Report on the working of the mental hospitals for Indians in Bihar and Orissa - 1925-1929
Year: 1925
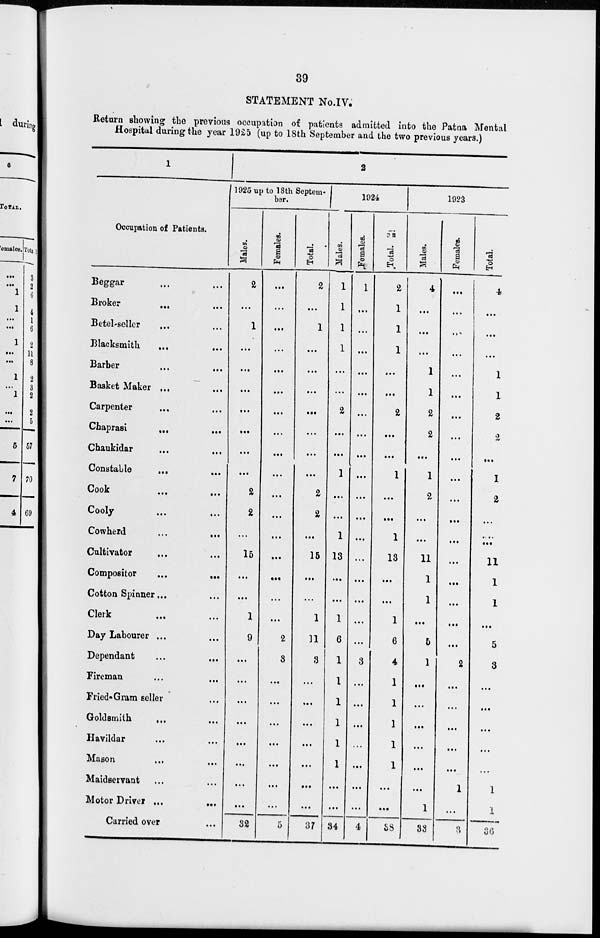
39
STATEMENT No.IV.
Return showing the previous occupation of patients admitted into the Patna Mental
Hospital during the year 1925 (up to 18th September and the two previous years.)
1
Occupation of Patients.
Beggar ... ...
Broker
... ...
Betel-seller ... ...
Blacksmith
...
...
Barber ... ...
Basket Maker ... ...
Carpenter ... ...
Chaprasi
...
...
Chaukidar ... ...
Constable
...
...
Cook ... ...
Cooly
...
...
Cowherd
...
...
Cultivator ... ...
Compositor
...
...
Cotton Spinner... ...
Clerk
... ...
Day Labourer ... ...
Dependant
...
...
Fireman ... ...
Fried- Gram seller ...
Goldsmith
... ...
Havildar ... ...
Mason ... ...
Maidservant ... ...
Motor Driver ...
...
Carried over ...
2
1925 up to 18th Septem-
ber.
Males.
2
...
1
...
...
...
...
...
...
...
2
2
...
15
...
...
1
9
...
...
...
...
...
...
...
...
32
Females.
...
...
...
...
...
...
...
...
...
...
...
...
...
...
...
...
...
2
3
...
...
...
...
...
...
...
5
Total.
2
...
1
...
...
...
...
...
...
...
2
2
...
15
...
...
1
11
3
...
...
...
...
...
...
...
37
1924
Males.
1
1
1
1
...
...
2
...
...
1
...
...
1
13
...
...
1
6
1
1
1
1
1
1
...
...
34
Females.
1
...
...
...
...
...
...
...
...
...
...
...
...
...
...
...
...
...
3
...
...
...
...
...
...
...
4
Total.
2
1
1
1
...
...
2
...
...
1
...
...
1
13
...
...
1
6
4
1
1
1
1
1
...
...
38
1923
Males.
4
...
...
...
1
1
2
2
...
1
2
...
...
11
1
1
...
5
1
...
...
...
...
...
...
1
33
Females.
...
...
...
...
...
...
...
...
...
...
...
...
...
...
...
...
...
...
2
...
...
...
...
...
1
...
3
Total.
4
...
...
...
1
1
2
2
...
1
2
...
...
11
1
1
...
5
3
...
...
...
...
...
1
1
36